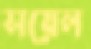
সয়েল